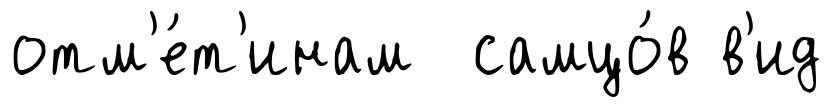
отм'е́т'инам самцо́в в'ид